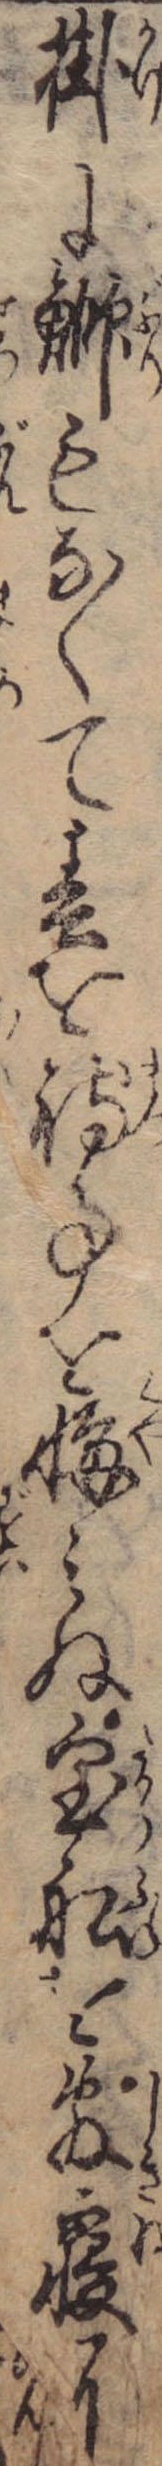
掛に鰤もなくて春を待事を悔みぬ宝船を敷寝に